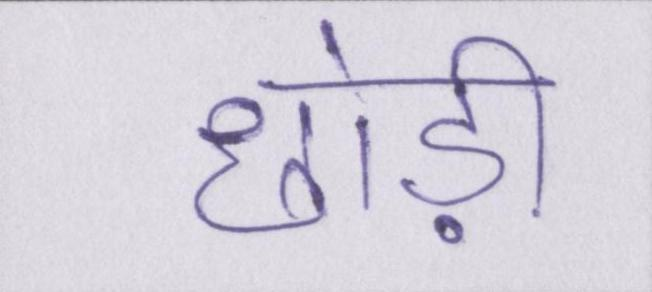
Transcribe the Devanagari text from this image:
छोड़ी